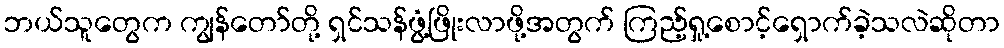
ဘယ်သူတွေက ကျွန်တော်တို့ ရှင်သန်ဖွံ့ဖြိုးလာဖို့အတွက် ကြည့်ရှု့စောင့်ရှောက်ခဲ့သလဲဆိုတာ